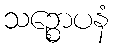
သဉ္စောပနံ